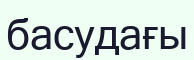
басудағы